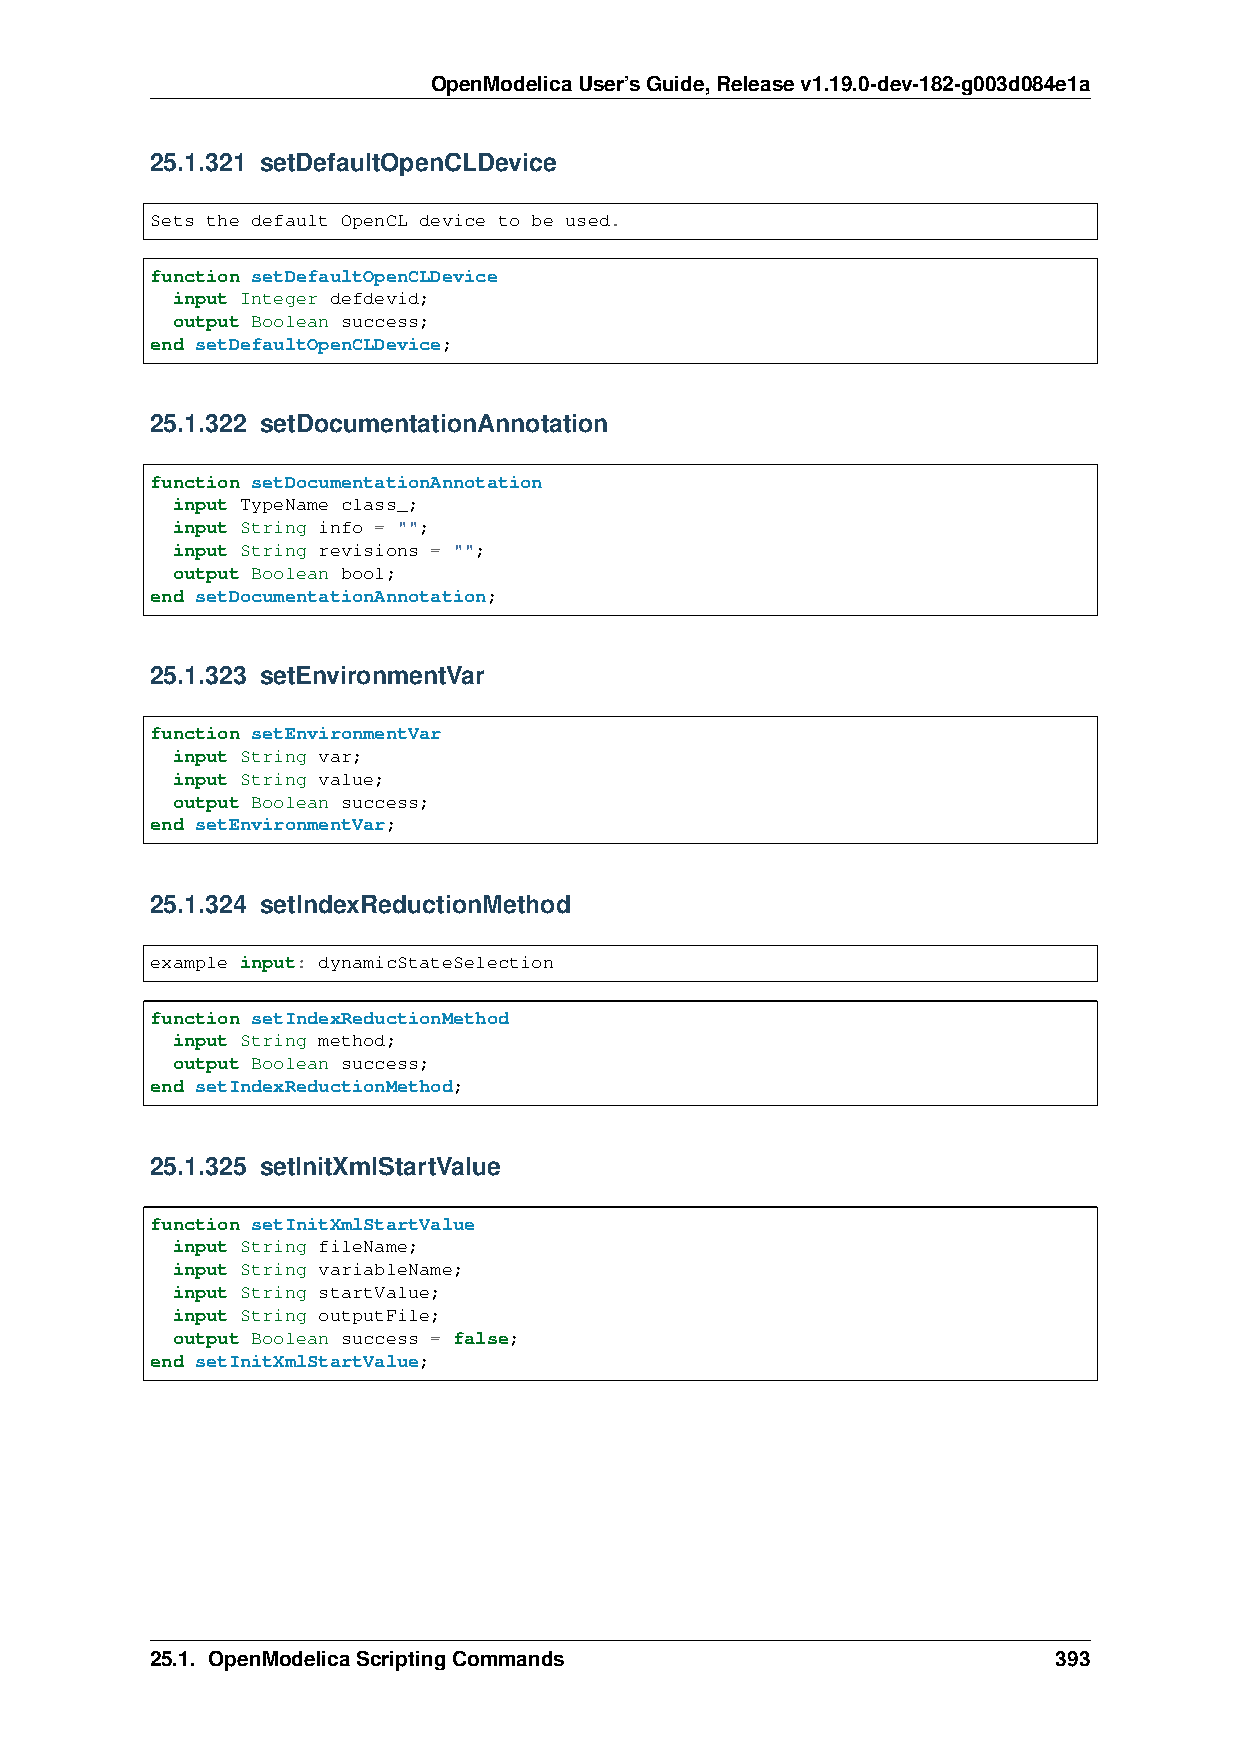
OpenModelicaUser’sGuide,Releasev1.19.0-dev-182-g003d084e1a
 25.1.321 setDefaultOpenCLDevice
 Sets the default OpenCL device to be used.
 function setDefaultOpenCLDevice
 input Integer defdevid;
 output Boolean success;
 end setDefaultOpenCLDevice;
 25.1.322 setDocumentationAnnotation
 function setDocumentationAnnotation
 input TypeName class_;
 input String info = "";
 input String revisions = "";
 output Boolean bool;
 end setDocumentationAnnotation;
 25.1.323 setEnvironmentVar
 function setEnvironmentVar
 input String var;
 input String value;
 output Boolean success;
 end setEnvironmentVar;
 25.1.324 setIndexReductionMethod
 example input: dynamicStateSelection
 function setIndexReductionMethod
 input String method;
 output Boolean success;
 end setIndexReductionMethod;
 25.1.325 setInitXmlStartValue
 function setInitXmlStartValue
 input String fileName;
 input String variableName;
 input String startValue;
 input String outputFile;
 output Boolean success = false;
 end setInitXmlStartValue;
 25.1. OpenModelicaScriptingCommands                         393